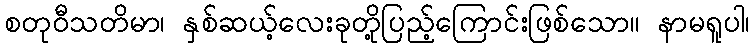
စတုဝီသတိမာ၊ နှစ်ဆယ့်လေးခုတို့ပြည့်ကြောင်းဖြစ်သော။ နာမရူပါ၊